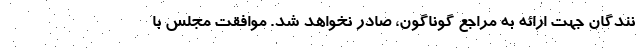
نندگان جهت ارائه به مراجع گوناگون، صادر نخواهد شد. موافقت مجلس با